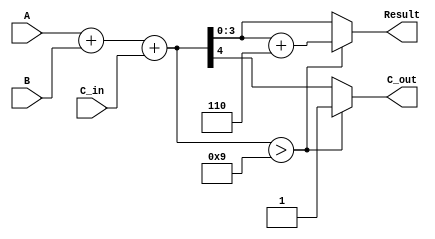
module bcd_parallel_adder (
    input  wire [3:0] A,      // BCD input A
    input  wire [3:0] B,      // BCD input B
    input  wire C_in,         // Carry input
    output reg  [3:0] Result, // BCD result output
    output reg  C_out         // Carry output
);

    // Internal wires
    wire [4:0] sum;           // 5-bit sum to accommodate carry
    wire correction_needed;    // Flag for correction

    // Binary addition
    assign sum = A + B + C_in;

    // Determine if correction is needed (sum > 9 or carry out)
    assign correction_needed = (sum > 9);

    always @(*) begin
        if (correction_needed) begin
            // Apply correction by adding 6
            Result = sum + 5'd6;  // 5'd6 is the decimal representation of 6
            C_out = 1;             // Set carry out
        end else begin
            Result = sum[3:0];     // Valid BCD result
            C_out = sum[4];        // Carry out from the sum
        end
    end

endmodule